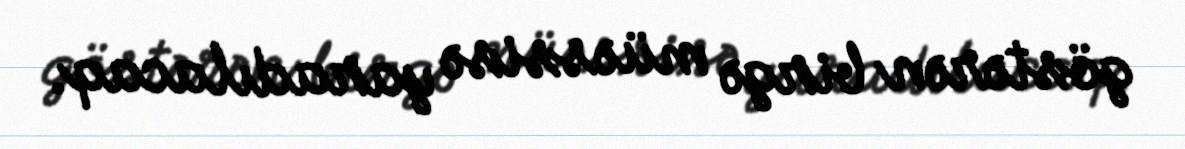
göstərən birgə müəssisə yaradılacaq.